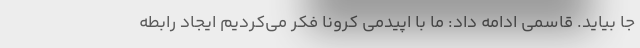
جا بیاید. قاسمی ادامه داد: ما با اپیدمی کرونا فکر می‌کردیم ایجاد رابطه